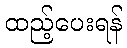
ထည့်ပေးရန်